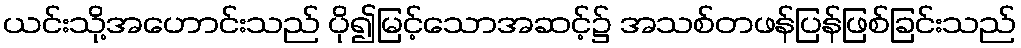
ယင်းသို့အဟောင်းသည် ပို၍မြင့်သောအဆင့်၌ အသစ်တဖန်ပြန်ဖြစ်ခြင်းသည်